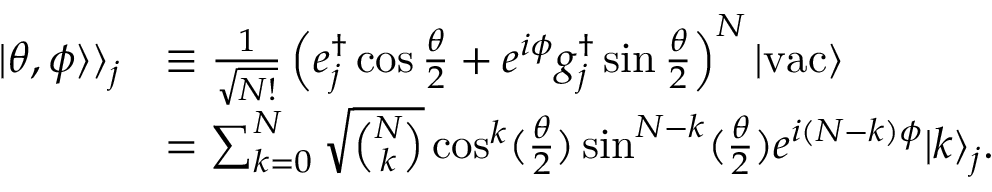
\begin{array} { r l } { | \theta , \phi \rangle \rangle _ { j } } & { \equiv \frac { 1 } { \sqrt { N ! } } \left( e _ { j } ^ { \dag } \cos \frac { \theta } { 2 } + e ^ { i \phi } g _ { j } ^ { \dag } \sin \frac { \theta } { 2 } \right) ^ { N } | \mathrm { v a c } \rangle } \\ & { = \sum _ { k = 0 } ^ { N } \sqrt { \binom { N } { k } } \cos ^ { k } ( \frac { \theta } { 2 } ) \sin ^ { N - k } ( \frac { \theta } { 2 } ) e ^ { i ( N - k ) \phi } | k \rangle _ { j } . } \end{array}